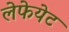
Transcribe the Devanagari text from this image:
लेफेयेट